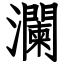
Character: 瀾